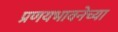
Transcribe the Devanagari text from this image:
प्रणयभावनेच्या